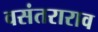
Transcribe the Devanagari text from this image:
वसंतराराव